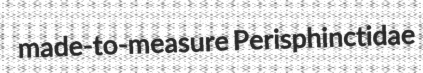
made-to-measure Perisphinctidae